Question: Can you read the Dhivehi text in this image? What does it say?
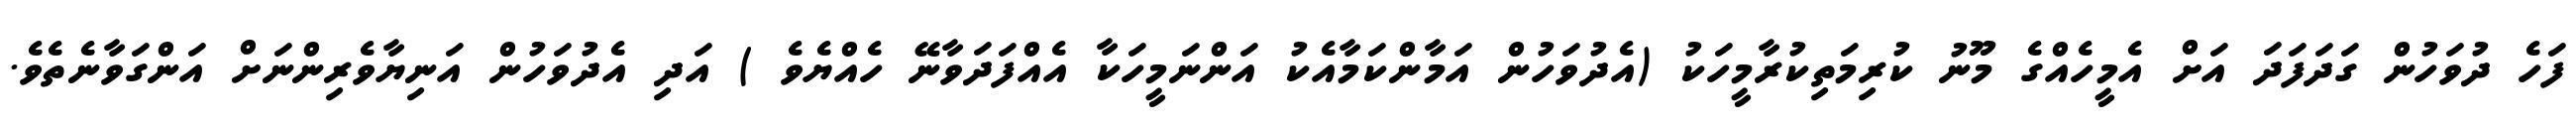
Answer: ފަހެ ދުވަހުން ގަދަފަދަ އަށް އެމީހެއްގެ މޫނު ކުރިމަތިކުރާމީހަކު (އެދުވަހުން އަމާންކަމާއެކު އަންނަމީހަކާ އެއްފަދަވާނޭ ހެއްޔެވެ ) އަދި އެދުވަހުން އަނިޔާވެރިންނަށް އަންގަވާނެތެވެ.